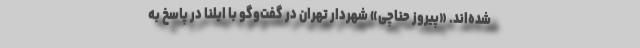
شده‌اند. «پیروز حناچی» شهردار تهران در گفت‌وگو با ایلنا در پاسخ به